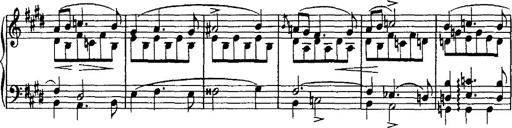
Title: Valse mÃ©lancolique
Composer: Paul Vidal
Key: F-sharp minor